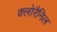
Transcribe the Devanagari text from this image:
क्लोरैनिल